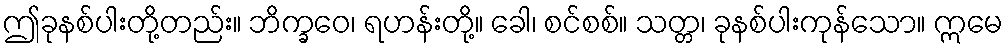
ဤခုနစ်ပါးတို့တည်း။ ဘိက္ခဝေ၊ ရဟန်းတို့။ ခေါ၊ စင်စစ်။ သတ္တ၊ ခုနစ်ပါးကုန်သော။ ဣမေ